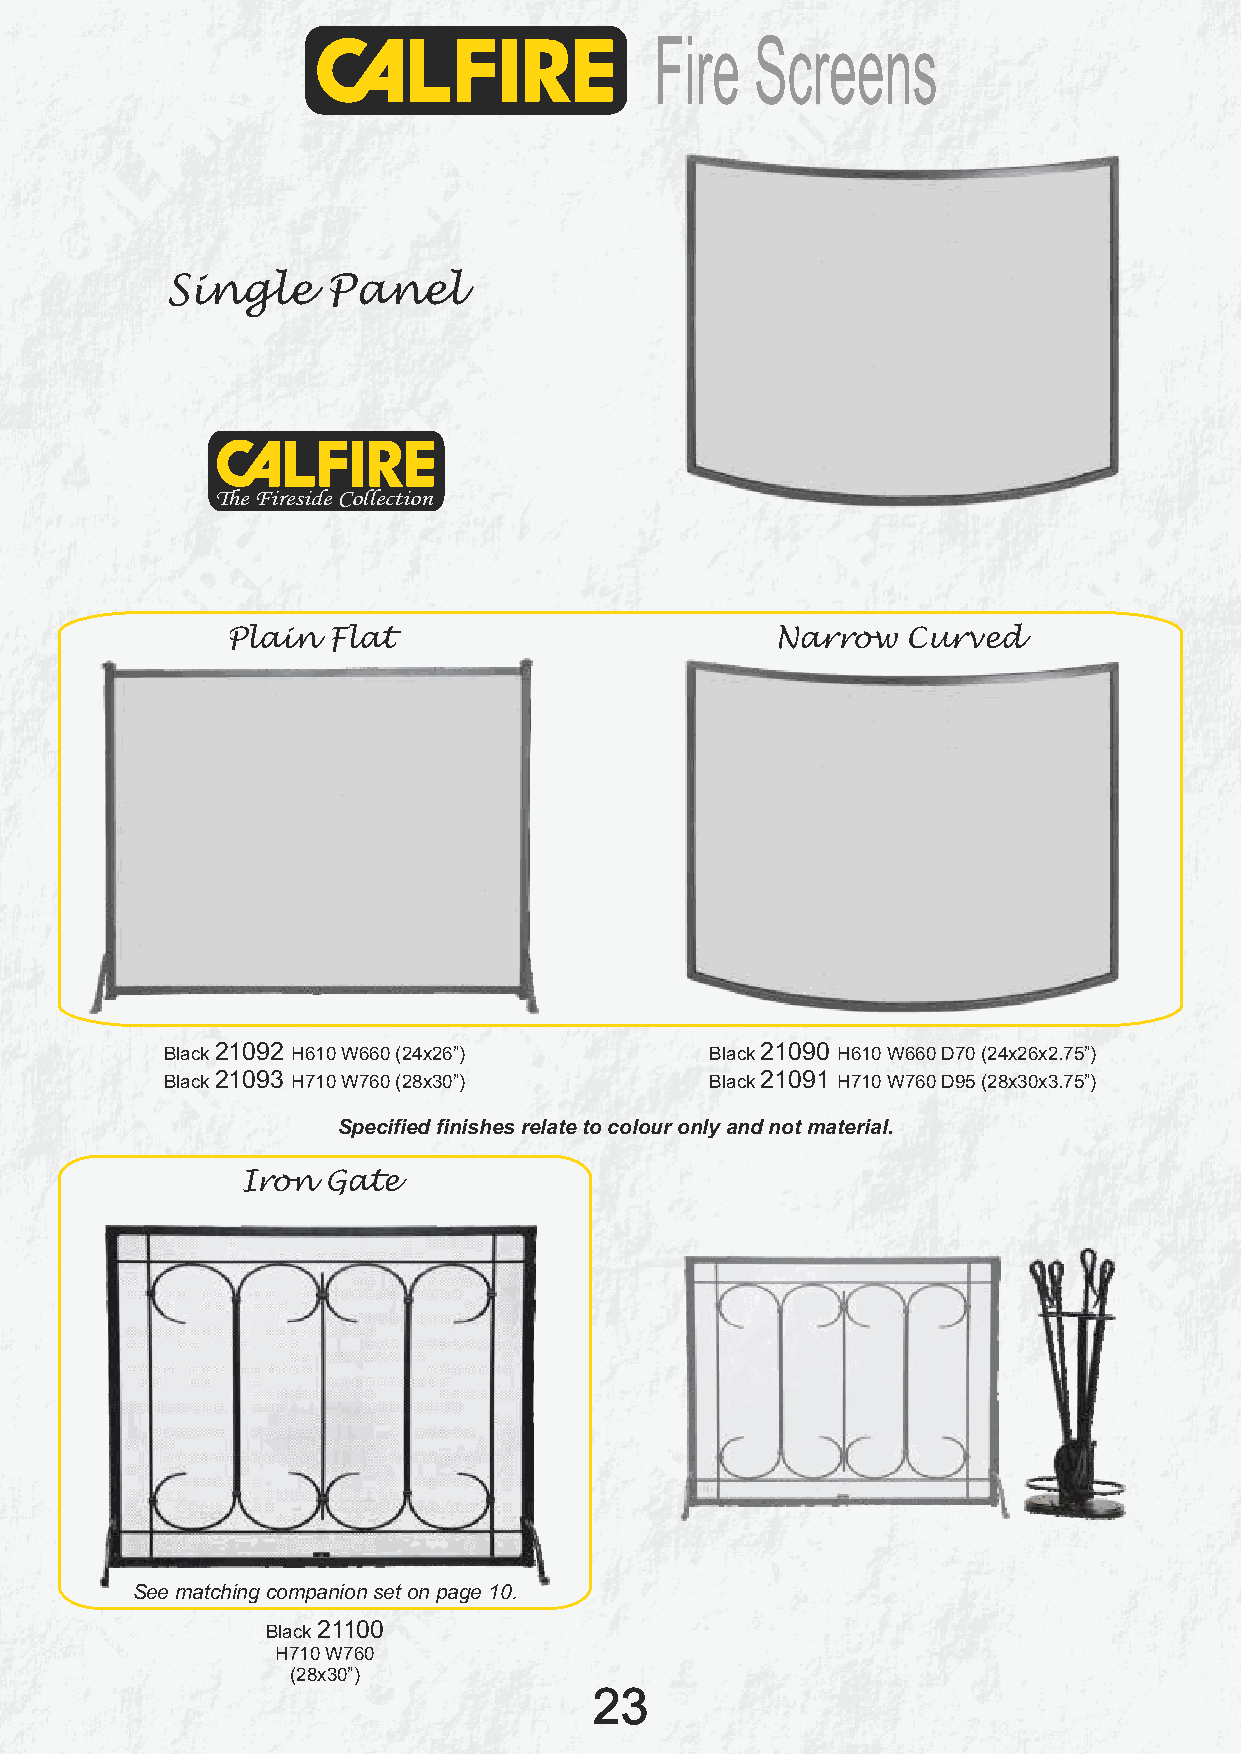
Fire   Screens
 Single     Panel
 The Fireside Collection
 Plain  Flat                         Narrow   Curved
 Black 21092 H610 W660 (24x26”)      Black 21090 H610 W660 D70 (24x26x2.75”)
 Black 21093 H710 W760 (28x30”)      Black 21091 H710 W760 D95 (28x30x3.75”)
 Specified finishes relate to colour only and not material.
 Iron  Gate
 See matching companion set on page 10.
 Black 21100
 H710 W760
 (28x30”)
 23